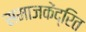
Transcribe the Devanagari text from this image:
समाजकेंद्रित